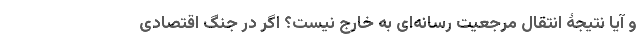
و آیا نتیجۀ انتقال مرجعیت رسانه‌ای به خارج نیست؟ اگر در جنگ اقتصادی